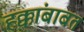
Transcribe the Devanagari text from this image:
ह्क्कांबाबत